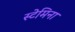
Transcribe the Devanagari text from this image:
स्टेमिना